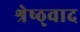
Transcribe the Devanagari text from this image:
श्रेष्ठ्वाद